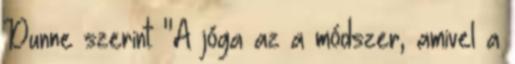
Dunne szerint: "A jóga az a módszer, amivel a